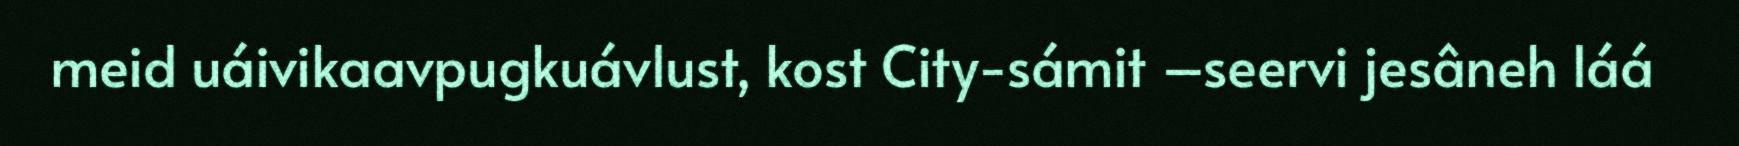
meid uáivikaavpugkuávlust, kost City-sámit –seervi jesâneh láá